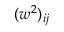
( w ^ { 2 } ) _ { i j }